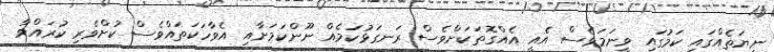
ނިޔަތެއްގައި ކަމުގައި ވީނަމަވެސް އެއީ އެއްގޮތަކަށްވެސް ރަނގަޅުކަމެއް ނޫންކަމަށާއި އެވާހަކަތައްވެސް ކުށްވެރި ކުރައްވާ